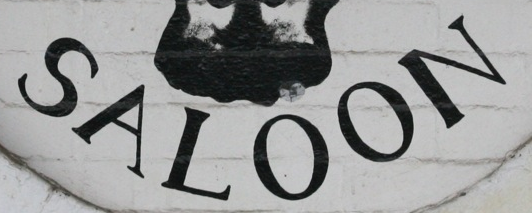
SALOON